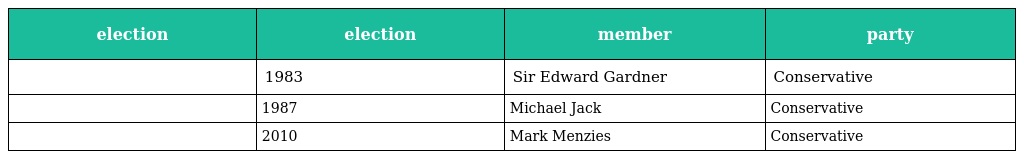
| election | election | member | party |
 | --- | --- | --- | --- |
 |  | 1983 | Sir Edward Gardner | Conservative |
 |  | 1987 | Michael Jack | Conservative |
 |  | 2010 | Mark Menzies | Conservative |